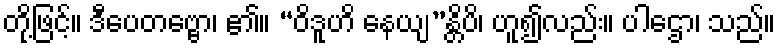
တို့ဖြင့်။ ဒီပေတဗ္ဗော၊ ၏။ “ဝိဒူဟိ နေယျ”န္တိပိ၊ ဟူ၍လည်း။ ပါဌော၊ သည်။